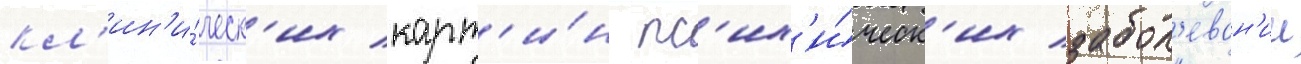
кл'ин'и́ческ'их карт'и́н пс'их'и́ческ'их забол'еван'ии